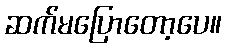
ဆက်မပြောတော့ပေ။